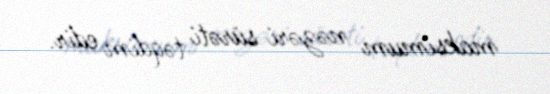
maksimum nəzəri sürəti təqdim edir.